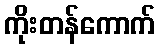
ကိုးတန်ကောက်